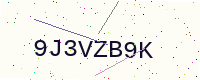
Text: 9J3VZB9K